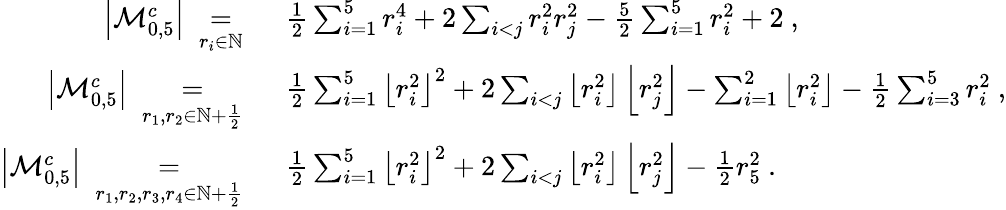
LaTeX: \begin{array}{rl}{\left|\mathcal{M}_{0,5}^{c}\right|\ \underset{r_{i}\in\mathbb{N}}{=}\ }&{\frac 12\sum_{i=1}^{5}r_{i}^{4}+2\sum_{i<j}r_{i}^{2}r_{j}^{2}-\frac 52\sum_{i=1}^{5}r_{i}^{2}+2\ ,}\\ {\left|\mathcal{M}_{0,5}^{c}\right|\ \underset{r_{1},r_{2}\in\mathbb{N}+\frac 12}{=}\ }&{\frac 12\sum_{i=1}^{5}\left\lfloor r_{i}^{2}\right\rfloor^{2}+2\sum_{i<j}\left\lfloor r_{i}^{2}\right\rfloor\left\lfloor r_{j}^{2}\right\rfloor-\sum_{i=1}^{2}\left\lfloor r_{i}^{2}\right\rfloor-\frac 12\sum_{i=3}^{5}r_{i}^{2}\ ,}\\ {\left|\mathcal{M}_{0,5}^{c}\right|\ \underset{r_{1},r_{2},r_{3},r_{4}\in\mathbb{N}+\frac 12}{=}\ }&{\frac 12\sum_{i=1}^{5}\left\lfloor r_{i}^{2}\right\rfloor^{2}+2\sum_{i<j}\left\lfloor r_{i}^{2}\right\rfloor\left\lfloor r_{j}^{2}\right\rfloor-\frac 12r_{5}^{2}\ .}\end{array}